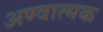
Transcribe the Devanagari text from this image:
अण्वात्मक